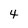
Character: 4